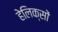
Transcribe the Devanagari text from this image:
हेलिक्सों